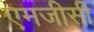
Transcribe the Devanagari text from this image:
एमजीसी